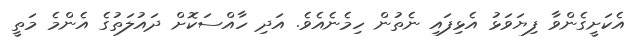
އެކަށީގެންވާ ފިޔަވަޅު އެޅިފައި ނެތުން ހިމެނެއެވެ. އަދި ހާއްސަކޮށް ދައުލަތުގެ އެންމެ މަތީ